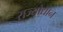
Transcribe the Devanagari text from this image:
राज्योद्यान